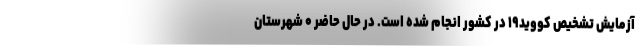
آزمایش تشخیص کووید۱۹ در کشور انجام شده است. در حال حاضر ۰ شهرستان